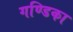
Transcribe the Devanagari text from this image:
गण्डिका